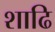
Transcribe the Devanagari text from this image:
शाढि